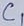
Text: C1